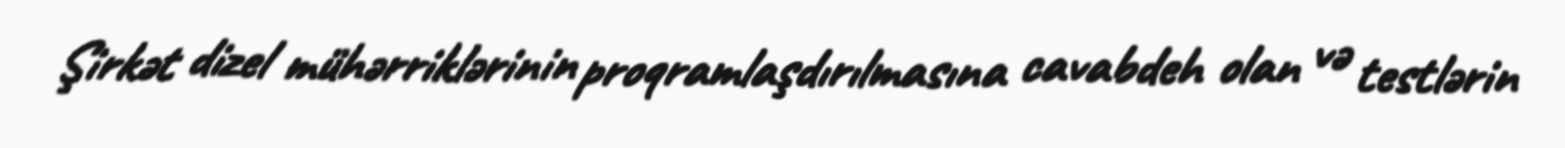
Şirkət dizel mühərriklərinin proqramlaşdırılmasına cavabdeh olan və testlərin